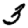
Digit: 3